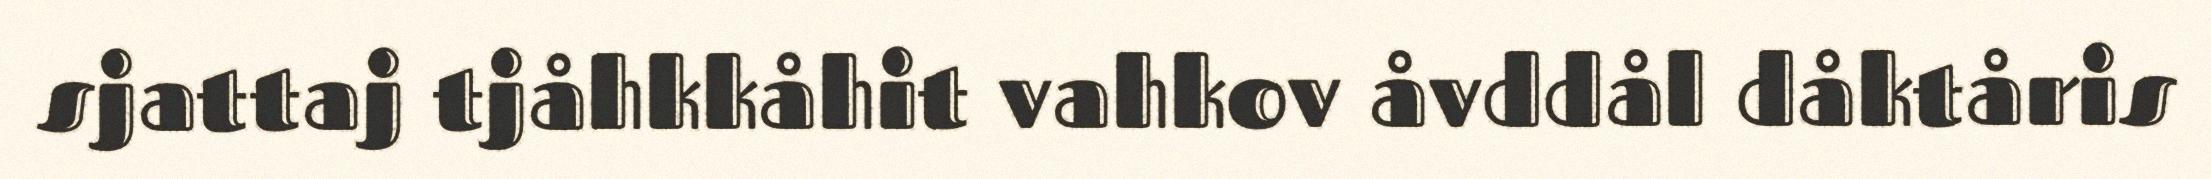
sjattaj tjåhkkåhit vahkov åvddål dåktåris